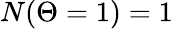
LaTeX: N(\Theta=1)=1